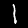
Label: 1